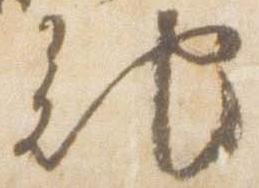
記